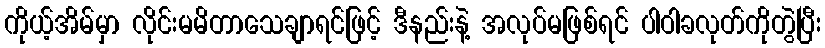
ကိုယ့်အိမ်မှာ လိုင်းမမိတာသေချာရင်ဖြင့် ဒီနည်းနဲ့ အလုပ်မဖြစ်ရင် ပါဝါခလုတ်ကိုတွဲပြီး